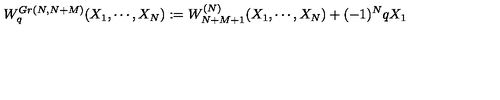
W _ { q } ^ { G r ( N , N + M ) } ( X _ { 1 } , \cdots , X _ { N } ) : = W _ { N + M + 1 } ^ { ( N ) } ( X _ { 1 } , \cdots , X _ { N } ) + ( - 1 ) ^ { N } q X _ { 1 }